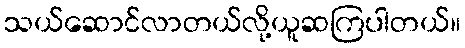
သယ်ဆောင်လာတယ်လို့ယူဆကြပါတယ်။